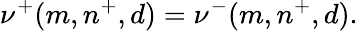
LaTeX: \nu^{+}(m,n^{+},d)=\nu^{-}(m,n^{+},d).